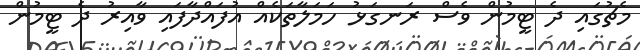
މެޗުގައި ދެ ޓީމުން ވެސް ރަނގަޅު ހަމަލާތަކެއް އުފައްދާފައި ވާއިރު ދެ ޓީމުން